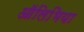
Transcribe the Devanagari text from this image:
ऑलिभिया